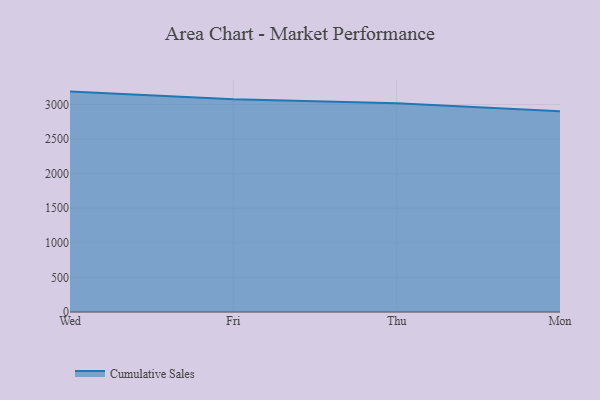
{"axis": {"x": "Day", "y": "Latency (ms)"}, "legend": ["Cumulative Sales"], "data": [{"x": "Wed", "y": 3186.5, "type": "Cumulative Sales"}, {"x": "Fri", "y": 3076.4, "type": "Cumulative Sales"}, {"x": "Thu", "y": 3018.6, "type": "Cumulative Sales"}, {"x": "Mon", "y": 2901.2, "type": "Cumulative Sales"}]}